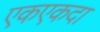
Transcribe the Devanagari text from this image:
एकएकदा